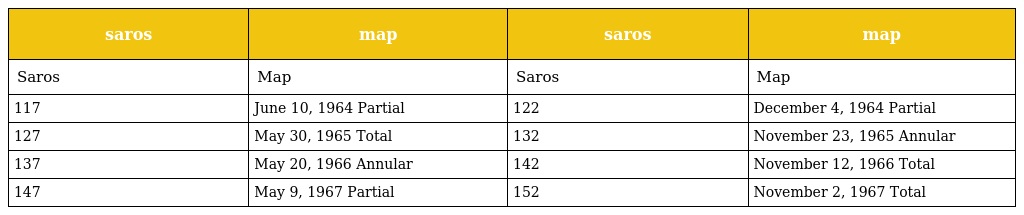
| saros | map | saros | map |
 | --- | --- | --- | --- |
 | Saros | Map | Saros | Map |
 | 117 | June 10, 1964 Partial | 122 | December 4, 1964 Partial |
 | 127 | May 30, 1965 Total | 132 | November 23, 1965 Annular |
 | 137 | May 20, 1966 Annular | 142 | November 12, 1966 Total |
 | 147 | May 9, 1967 Partial | 152 | November 2, 1967 Total |